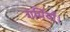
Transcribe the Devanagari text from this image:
गर्मियाँ।